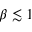
\beta \lesssim 1